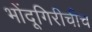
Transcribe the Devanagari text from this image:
भोंदूगिरीचीच